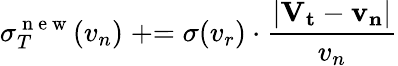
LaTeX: \sigma_{T}^{\mathrm{~n~e~w~}}(v_{n})\mathrel{+}=\sigma(v_{r})\cdot\frac{|\mathbf{V_{t}}-\mathbf{v_{n}}|}{v_{n}}